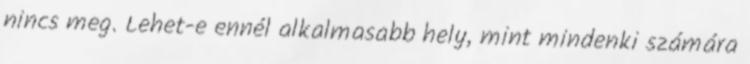
nincs meg. Lehet-e ennél alkalmasabb hely, mint mindenki számára